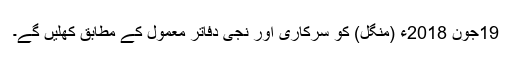
19جُون 2018ء (منگل) کو سرکاری اور نجی دفاتر معمول کے مطابق کھُلیں گے۔